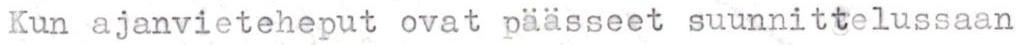
Kun ajanvieteheput ovat päässeet suunnittelussaan